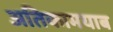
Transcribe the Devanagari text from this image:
अतिकामयाब